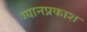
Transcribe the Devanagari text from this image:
ग्यानप्रकाश